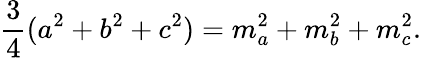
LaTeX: {\frac{3}{4}}(a^{2}+b^{2}+c^{2})=m_{a}^{2}+m_{b}^{2}+m_{c}^{2}.